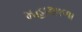
મહાશાળા